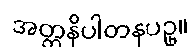
အတ္တနိပါတနပဥှ။